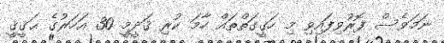
ނަމަވެސް ފޮރުވިފައިވި މި ހަޤީގަތްތައް ހާމަ ކުރި ޤަދީމީ 30 އަހަރުގެ ޙަޤީޤީ